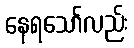
နေရသော်လည်း